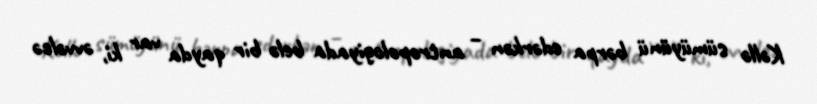
Kəllə sümüyünü bərpa edərkən – antropologiyada belə bir qayda var ki, əvvəlcə